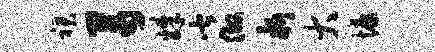
裙芾姝皆做析大慷